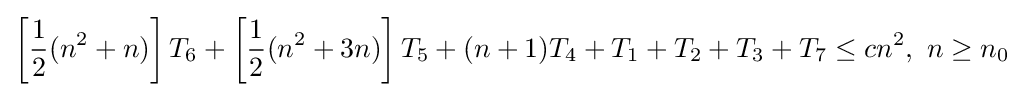
\left[{\frac {1}{2}}(n^{2}+n)\right]T_{6}+\left[{\frac {1}{2}}(n^{2}+3n)\right]T_{5}+(n+1)T_{4}+T_{1}+T_{2}+T_{3}+T_{7}\leq cn^{2},\ n\geq n_{0}